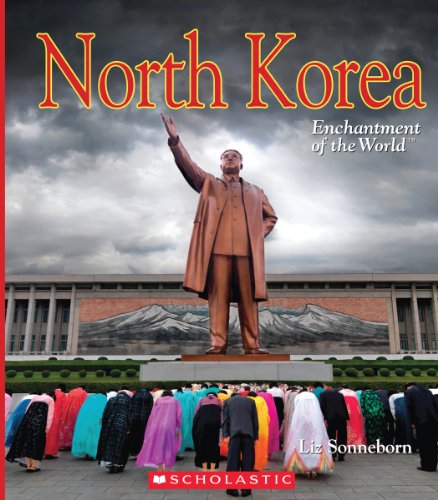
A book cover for North Korea (Enchantment of the World. Second Series); Liz Sonneborn; Children's Books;